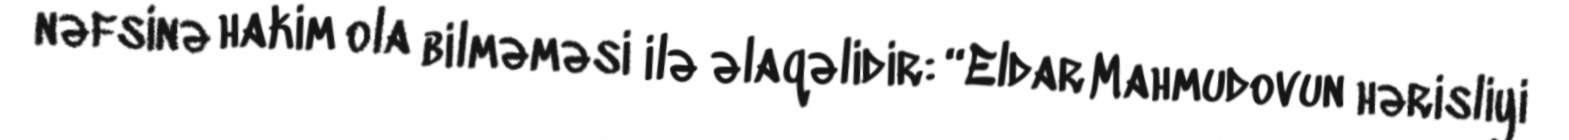
nəfsinə hakim ola bilməməsi ilə əlaqəlidir: “Eldar Mahmudovun hərisliyi